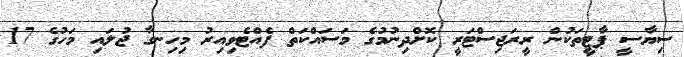
ސިޔާސީ ޕާޓީތަކުން ރީރަޖިސްޓަރީ ކޮށްދިނުމުގެ މަސައްކަތް ފެއްޓެވިއިރު މިހިނގާ ޖުލައި މަހުގެ 17